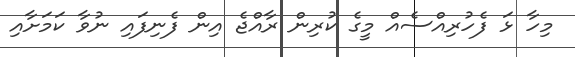
މިހާ ޅަ ފެހުރިއްސެއް މީގެ ކުރިން ރާއްޖެ އިން ފެނިފައި ނުވާ ކަމަށާއި